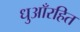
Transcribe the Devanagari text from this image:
धुआँरहित